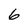
Character: 6